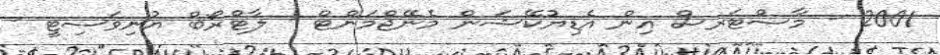
2001 - މާސްޓަރސް އިން އެޑިޔުކޭޝަން މެނޭޖްމަންޓް - ލާޓްރޯބް ޔުނިވަސިޓީ -